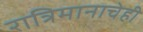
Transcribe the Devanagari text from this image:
रात्रिमानाचेही